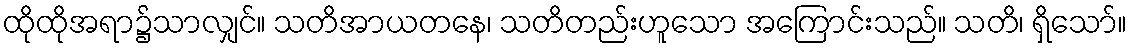
ထိုထိုအရာ၌သာလျှင်။ သတိအာယတနေ၊ သတိတည်းဟူသော အကြောင်းသည်။ သတိ၊ ရှိသော်။